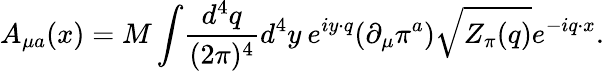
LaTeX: A_{\mu a}(x)=M\int\! {\frac{d^{4}q}{(2\pi)^{4}}}d^{4}y\: e^{iy\cdot q}(\partial_{\mu}\pi^{a})\sqrt{Z_{\pi}(q)}e^{-iq\cdot x}.